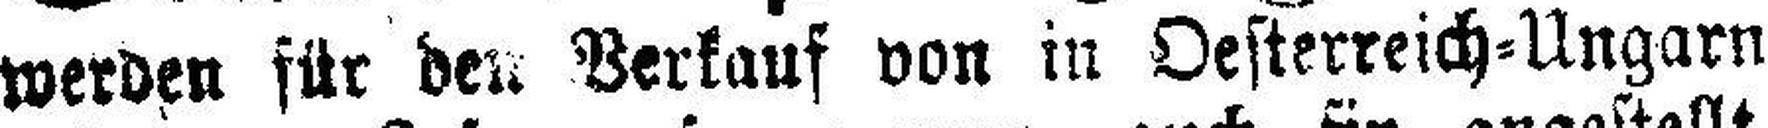
werden für den Verkauf von in Oesterreich=Ungarn